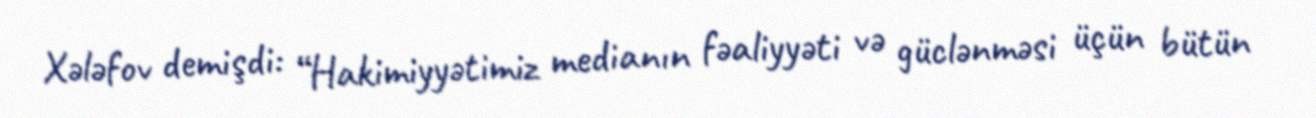
Xələfov demişdi: “Hakimiyyətimiz medianın fəaliyyəti və güclənməsi üçün bütün